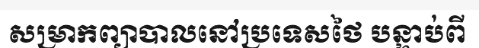
សម្រាកព្យាបាលនៅប្រទេសថៃ បន្ទាប់ពី